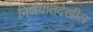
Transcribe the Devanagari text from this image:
निर्णयातदेखील